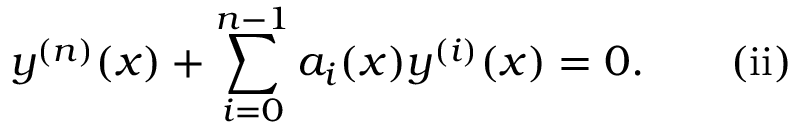
y ^ { ( n ) } ( x ) + \sum _ { i = 0 } ^ { n - 1 } a _ { i } ( x ) y ^ { ( i ) } ( x ) = 0 . \quad \quad \mathrm { { ( i i ) } }